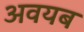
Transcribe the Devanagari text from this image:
अवयब